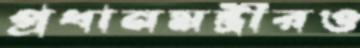
প্রধানমন্ত্রীরও